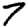
Digit: 7